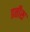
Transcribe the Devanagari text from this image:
प्रतीस